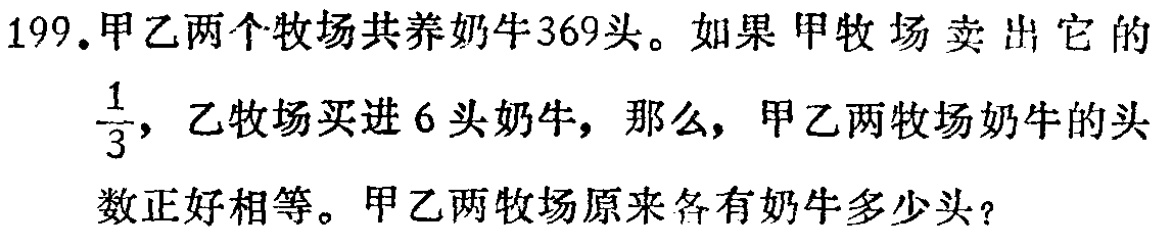
199.甲乙两个牧场共养奶牛369头。如果甲牧场卖出它的$\frac{1}{3}$，乙牧场买进6头奶牛，那么，甲乙两牧场奶牛的头数正好相等。甲乙两牧场原来各有奶牛多少头？